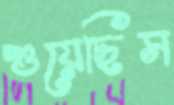
শুয়েছিস